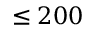
\leq 2 0 0